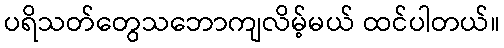
ပရိသတ်တွေသဘောကျလိမ့်မယ် ထင်ပါတယ်။